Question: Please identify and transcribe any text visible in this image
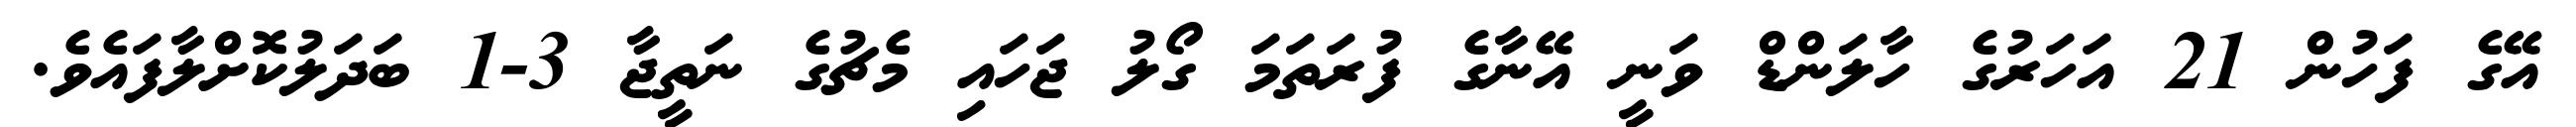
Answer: އޭގެ ފަހުން 21 އަހަރުގެ ހާލަންޑް ވަނީ އޭނާގެ ފުރަތަމަ ގޯލު ޖަހައި މެޗުގެ ނަތީޖާ 3-1 ބަދަލުކޮށްލާފައެވެ.